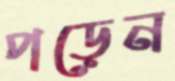
পড়েন